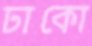
ঢাকো